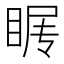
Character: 𰥩